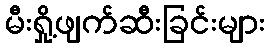
မီးရှို့ဖျက်ဆီးခြင်းများ